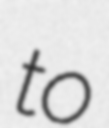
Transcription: to